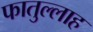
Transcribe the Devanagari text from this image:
फातुल्लाह